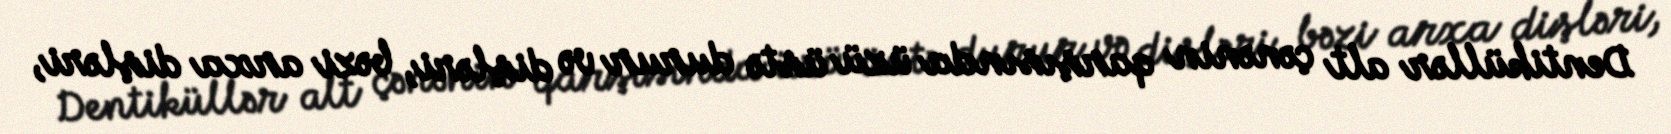
Dentiküllər alt çənənin qarşısında üzü üstə durur və dişləri, bəzi arxa dişləri,